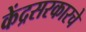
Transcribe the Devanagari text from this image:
केंद्रसरकारचे